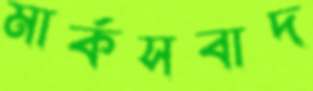
মার্কসবাদ